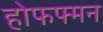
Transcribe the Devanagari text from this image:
होफफ्मन